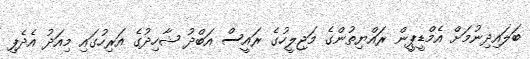
ބަލައިދިނުމަށް އެމްޑީޕީން ރައްޔިތުންގެ މަޖިލީހުގެ ރައީސް އަބްދު ޝާހިދުގެ އަރިހުގައި މިއަދު އެދެފި